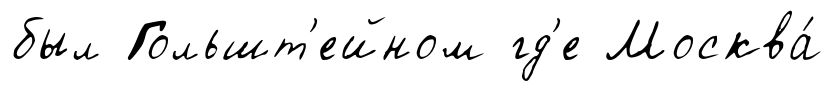
был Гольшт'ейном гд'е Москва́